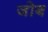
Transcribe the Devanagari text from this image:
जोब